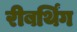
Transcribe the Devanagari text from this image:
रीबर्थिंग